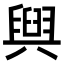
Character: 𮍰